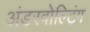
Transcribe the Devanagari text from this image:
अंडरवोल्टिंग